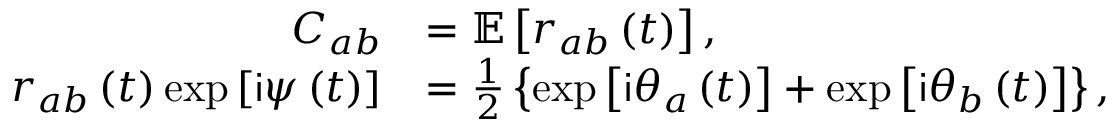
\begin{array} { r l } { C _ { a b } } & { = \mathbb { E } \left[ r _ { a b } \left( t \right) \right] , } \\ { r _ { a b } \left( t \right) \exp \left[ \mathsf { i } \psi \left( t \right) \right] } & { = \frac { 1 } { 2 } \left\{ \exp \left[ \mathsf { i } \theta _ { a } \left( t \right) \right] + \exp \left[ \mathsf { i } \theta _ { b } \left( t \right) \right] \right\} , } \end{array}